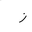
Letter: _zay